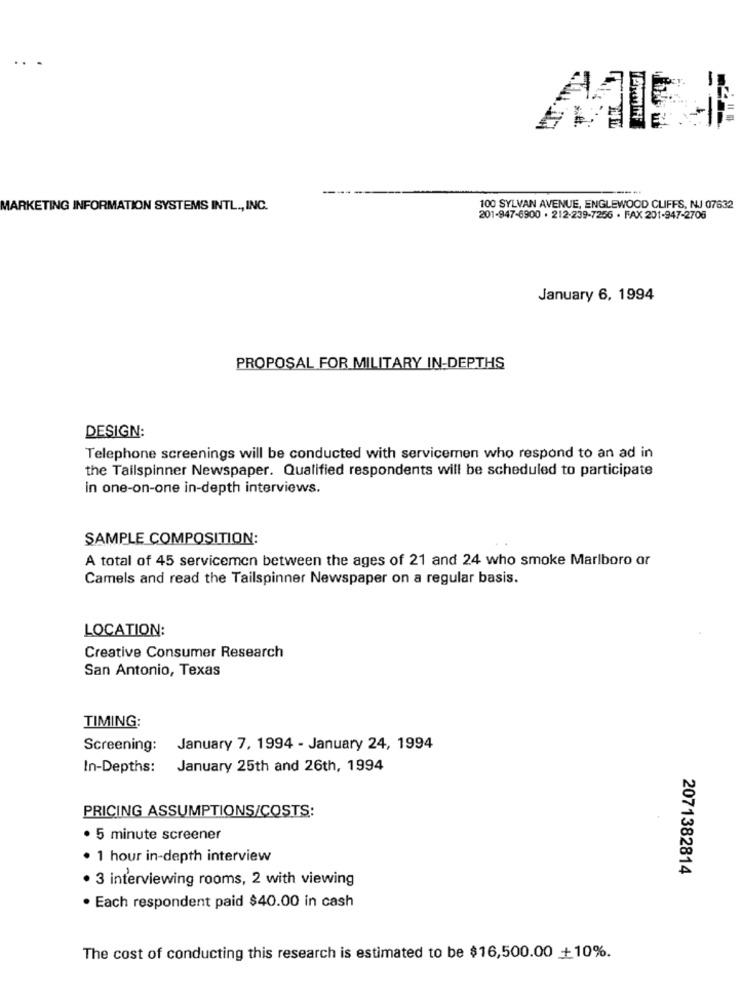
MARKETING INFORMATION SYSTEMS INTL ., INC.
100 SYLVAN AVENUE, ENGLEWOOD CLIFFS, NJ 07632
201-947-6900 . 212-239-7256 . FAX 201-947-2705
January 6, 1994
PROPOSAL FOR MILITARY IN-DEPTHS
DESIGN:
Telephone screenings will be conducted with servicemen who respond to an ad in
the Tailspinner Newspaper. Qualified respondents will be scheduled to participate
in one-on-one in-depth interviews.
SAMPLE COMPOSITION:
A total of 45 servicemen between the ages of 21 and 24 who smoke Marlboro or
Camels and read the Tailspinner Newspaper on a regular basis.
LOCATION:
Creative Consumer Research
San Antonio, Texas
TIMING:
Screening:
January 7, 1994 - January 24, 1994
In-Depths:
January 25th and 26th, 1994
PRICING ASSUMPTIONS/COSTS:
· 5 minute screener
· 1 hour in-depth interview
2071382814
· 3 interviewing rooms, 2 with viewing
· Each respondent paid $40.00 in cash
The cost of conducting this research is estimated to be $16,500.00 +10%.